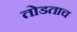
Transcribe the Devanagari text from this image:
तोडताच